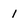
Character: 1